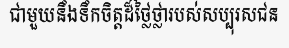
ជាមួយនឹងទឹកចិត្តដ៏ថ្លៃថ្លារបស់សប្បុរសជន